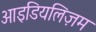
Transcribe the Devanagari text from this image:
आइडियलिज़म